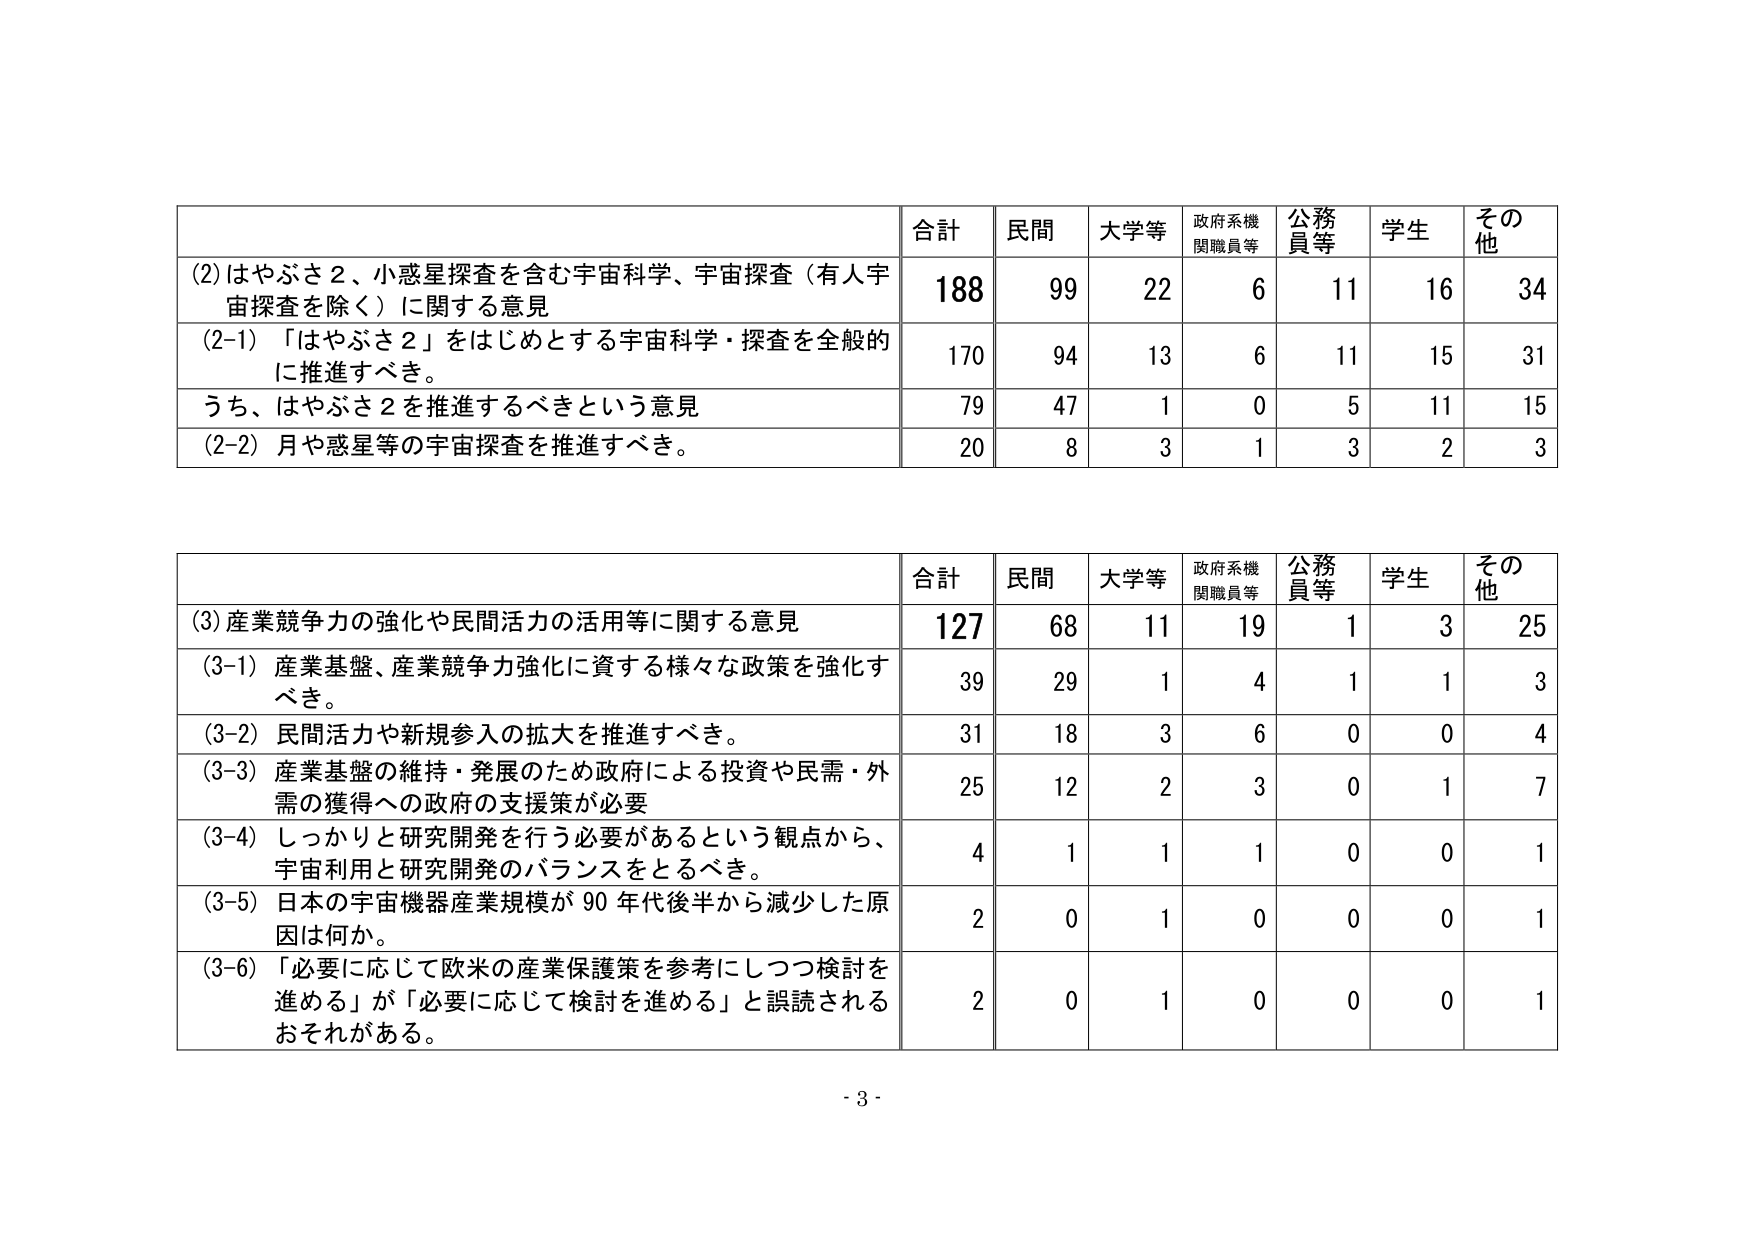
(2) はやぶさ2、小惑星探査を含む宇宙科学、宇宙探査（有人宇宙探査を除く）に関する意見
合計 188 民間 99 大学等 22 政府系機関職員等 6 公務員等 11 学生 16 その他 34
(2-1) 「はやぶさ2」をはじめとする宇宙科学・探査を全般的に推進すべき。
170 94 13 6 11 15 31
うち、はやぶさ2を推進するべきという意見
79 47 1 0 5 11 15
(2-2) 月や惑星等の宇宙探査を推進すべき。
20 8 3 1 3 2 3

(3) 産業競争力の強化や民間活力の活用等に関する意見
合計 127 民間 68 大学等 11 政府系機関職員等 19 公務員等 1 学生 3 その他 25
(3-1) 産業基盤、産業競争力強化に資する様々な政策を強化すべき。
39 29 1 4 1 1 3
(3-2) 民間活力や新規参入の拡大を推進すべき。
31 18 3 6 0 0 4
(3-3) 産業基盤の維持・発展のため政府による投資や民需・外需の獲得への政府の支援策が必要
25 12 2 3 0 1 7
(3-4) しっかりと研究開発を行う必要があるという観点から、宇宙利用と研究開発のバランスをとるべき。
4 1 1 1 0 0 1
(3-5) 日本の宇宙機器産業規模が90年代後半から減少した原因は何か。
2 0 1 0 0 0 1
(3-6) 「必要に応じて欧米の産業保護政策を参考にしつつ検討を進める」が「必要に応じて検討を進める」と誤読されるおそれがある。
2 0 1 0 0 0 1

- 3 -